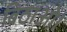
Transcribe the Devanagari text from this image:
बिठाओ।